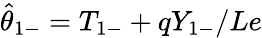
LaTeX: \hat{\theta}_{1-}={T}_{1-}+q{Y}_{1-}/Le